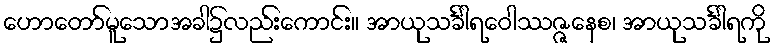
ဟောတော်မူသောအခါ၌လည်းကောင်း။ အာယုသင်္ခါရဝေါဿဇ္ဇနေစ၊ အာယုသင်္ခါရကို